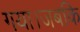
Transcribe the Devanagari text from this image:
गया।जबकि